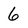
Character: 6